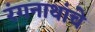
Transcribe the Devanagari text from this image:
रंगनाथांचे